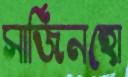
সার্জিনহো